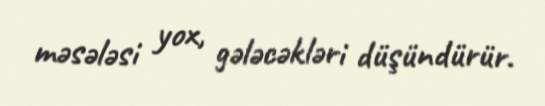
məsələsi yox, gələcəkləri düşündürür.